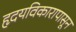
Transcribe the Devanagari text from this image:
हृदयविकारापासून